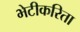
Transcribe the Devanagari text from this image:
भेटीकरिता